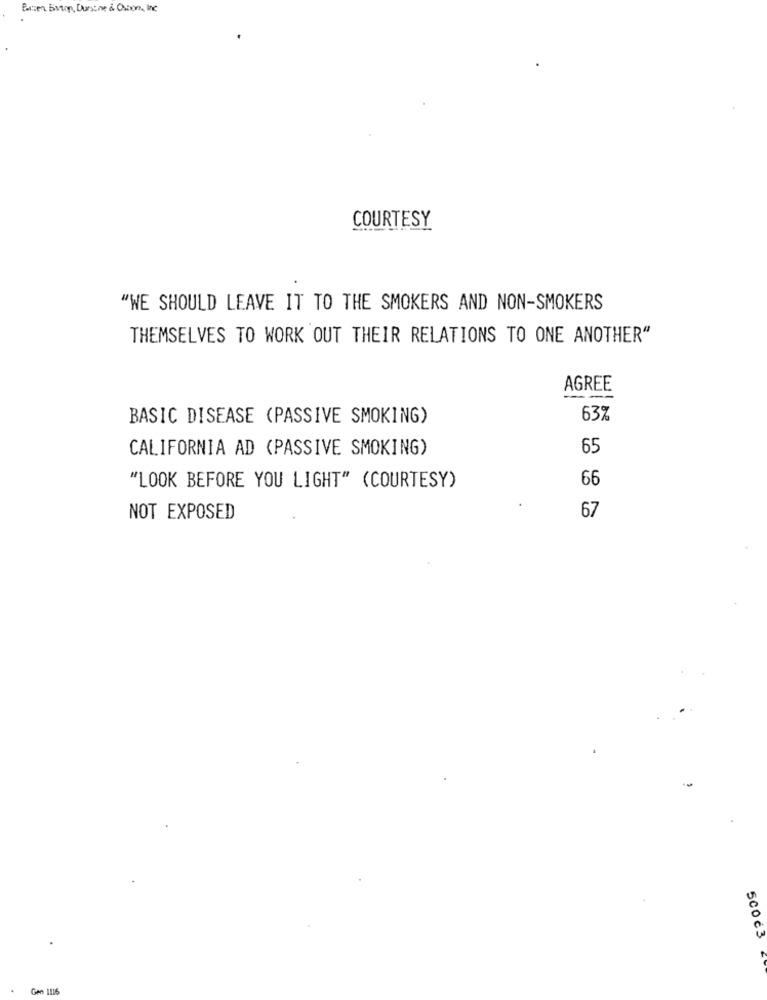
Bussen Bvton, Dunstne & Osbom, Inc
COURTESY
"WE SHOULD LEAVE IT TO THE SMOKERS AND NON-SMOKERS
THEMSELVES TO WORK OUT THEIR RELATIONS TO ONE ANOTHER"
AGREE
BASIC DISEASE (PASSIVE SMOKING)
63%
CALIFORNIA AD (PASSIVE SMOKING)
65
66
"LOOK BEFORE YOU LIGHT" (COURTESY)
67
NOT EXPOSED
500€3
Gen 1116